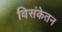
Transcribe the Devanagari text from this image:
विसंकेतन